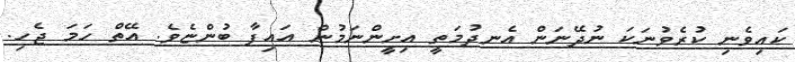
ކައިވެނި ކުރެވުނަކަ ނުދޭނަން އެނދުމަތީ އިށީންނަމުން އައިފާ ބުންޏެވެ. އޭތް ހަމަ ޖެހި.